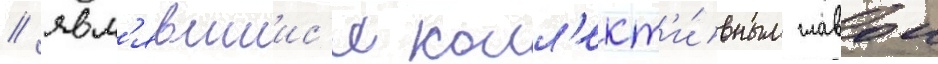
/ явл'явшиис'я колл'ект'и́вным главои